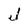
Character: J